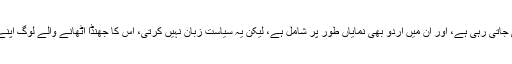
زبانوں کے نام پر سیاست کی جاتی رہی ہے، اور ان میں اردو بھی نمایاں طور پر شامل ہے، لیکن یہ سیاست زبان نہیں کرتی، اس کا جھنڈا اٹھانے والے لوگ اپنے مفادات کے لیے کرتے ہیں۔